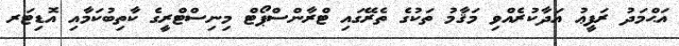
އަޙްމަދު ރަފީޢު އަދާކުރެއްވި މަޤާމު ތަކުގެ ތެރޭގައި ޓްރާންސްޕޯޓް މިނިސްޓްރީގެ ކާތިބުކަމާއި އޮޑިޓަރ